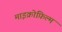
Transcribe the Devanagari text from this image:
माइक्रोफ़िल्म